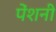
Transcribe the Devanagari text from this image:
पेंशनी